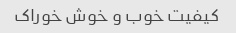
کیفیت خوب و خوش خوراک